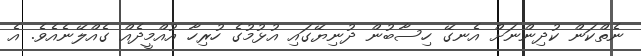
ނެތްކަން ކުދިންނަށް އެނގޭ ހިސާބުން ދުނިޔޭގައި އުޅުމުގެ ހުރިހާ އުއްމީދެެއް ގެއްލޭނެއެވެ. އެ